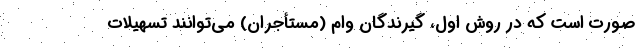
صورت است که در روش اول، گیرندگان وام (مستأجران) می‌توانند تسهیلات